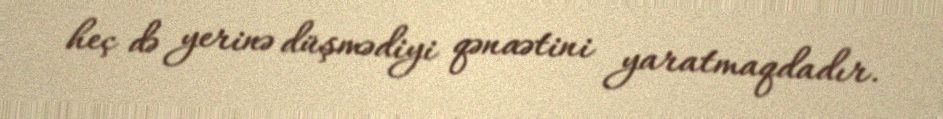
heç də yerinə düşmədiyi qənaətini yaratmaqdadır.